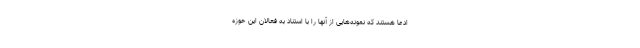
ادعا هستند که نمونه‌هایی از آنها را با استناد به فعالان این حوزه